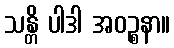
သန္တိ ပါဒါ အဝဉ္စနာ။